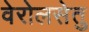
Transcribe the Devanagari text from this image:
वेरोलसेतु